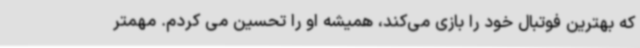
که بهترین فوتبال خود را بازی می‌کند، همیشه او را تحسین می کردم. مهمتر